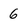
Character: 6